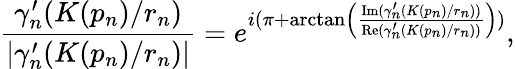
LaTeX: \frac{\gamma_{n}^{\prime}(K(p_{n})/r_{n})}{|\gamma_{n}^{\prime}(K(p_{n})/r_{n})|}=e^{i(\pi+\arctan\left(\frac{\mathrm{Im}(\gamma_{n}^{\prime}(K(p_{n})/r_{n}))}{\mathrm{Re}(\gamma_{n}^{\prime}(K(p_{n})/r_{n}))}\right))},